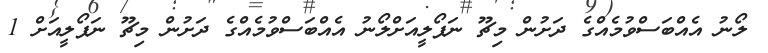
ލޯނު އެއްބަސްވުމެއްގެ ދަށުން މިޗޫ ނަޕޯލީއަށްލޯނު އެއްބަސްވުމެއްގެ ދަށުން މިޗޫ ނަޕޯލީއަށް 1